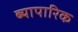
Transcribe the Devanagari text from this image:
ब्यापारिक